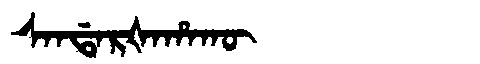
Manchu: ᠰᠠᠨᡩᠠᡵᡧᠠᡥᠠᡴᡡ
Romanization: SANDARŠAHAKŪ